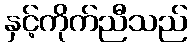
နှင့်ကိုက်ညီသည်